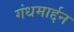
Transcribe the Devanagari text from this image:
गंधमार्द्दन